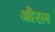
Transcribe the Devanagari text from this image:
औरल